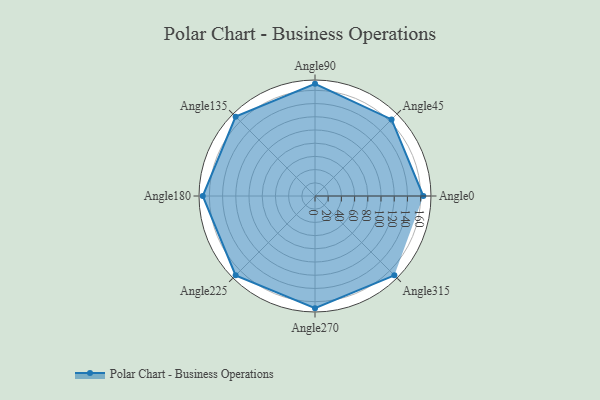
{"axis": {"x": "Angle", "y": "Radius"}, "legend": [""], "data": [{"x": "Angle0", "y": 164.0, "type": ""}, {"x": "Angle45", "y": 164.0, "type": ""}, {"x": "Angle90", "y": 170, "type": ""}, {"x": "Angle135", "y": 170, "type": ""}, {"x": "Angle180", "y": 170, "type": ""}, {"x": "Angle225", "y": 170, "type": ""}, {"x": "Angle270", "y": 170, "type": ""}, {"x": "Angle315", "y": 170, "type": ""}]}